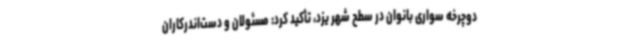
دوچرخه سواری بانوان در سطح شهر یزد، تأکید کرد: مسئولان و دست‌اندرکاران